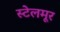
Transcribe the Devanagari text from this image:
स्टेलमूर